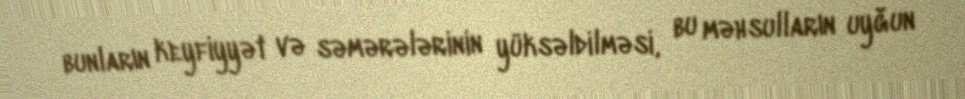
bunların keyfiyyət və səmərələrinin yüksəldilməsi, bu məhsulların uyğun